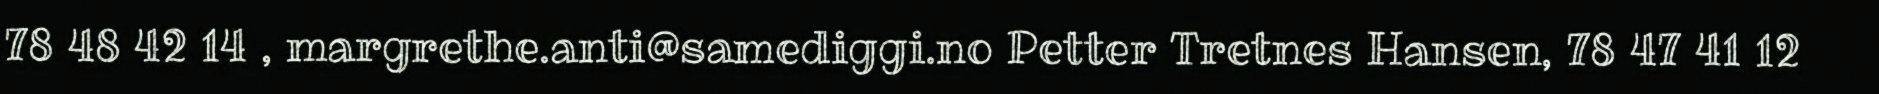
78 48 42 14 , margrethe.anti@samediggi.no Petter Tretnes Hansen, 78 47 41 12